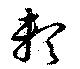
頼